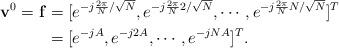
LaTeX: \begin{align*}\mathbf{v}^{0}=\mathbf{f}&=[e^{-j\frac{2\pi}{N}/\sqrt{N}}, e^{-j\frac{2\pi}{N}2/\sqrt{N}}, \cdots, e^{-j\frac{2\pi}{N}N/\sqrt{N}}]^{T}\\&=[e^{-jA}, e^{-j2A}, \cdots, e^{-jNA}]^{T}.\end{align*}